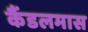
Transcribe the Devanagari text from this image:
कैंडलमास